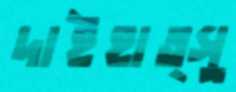
দাইহাত্সু